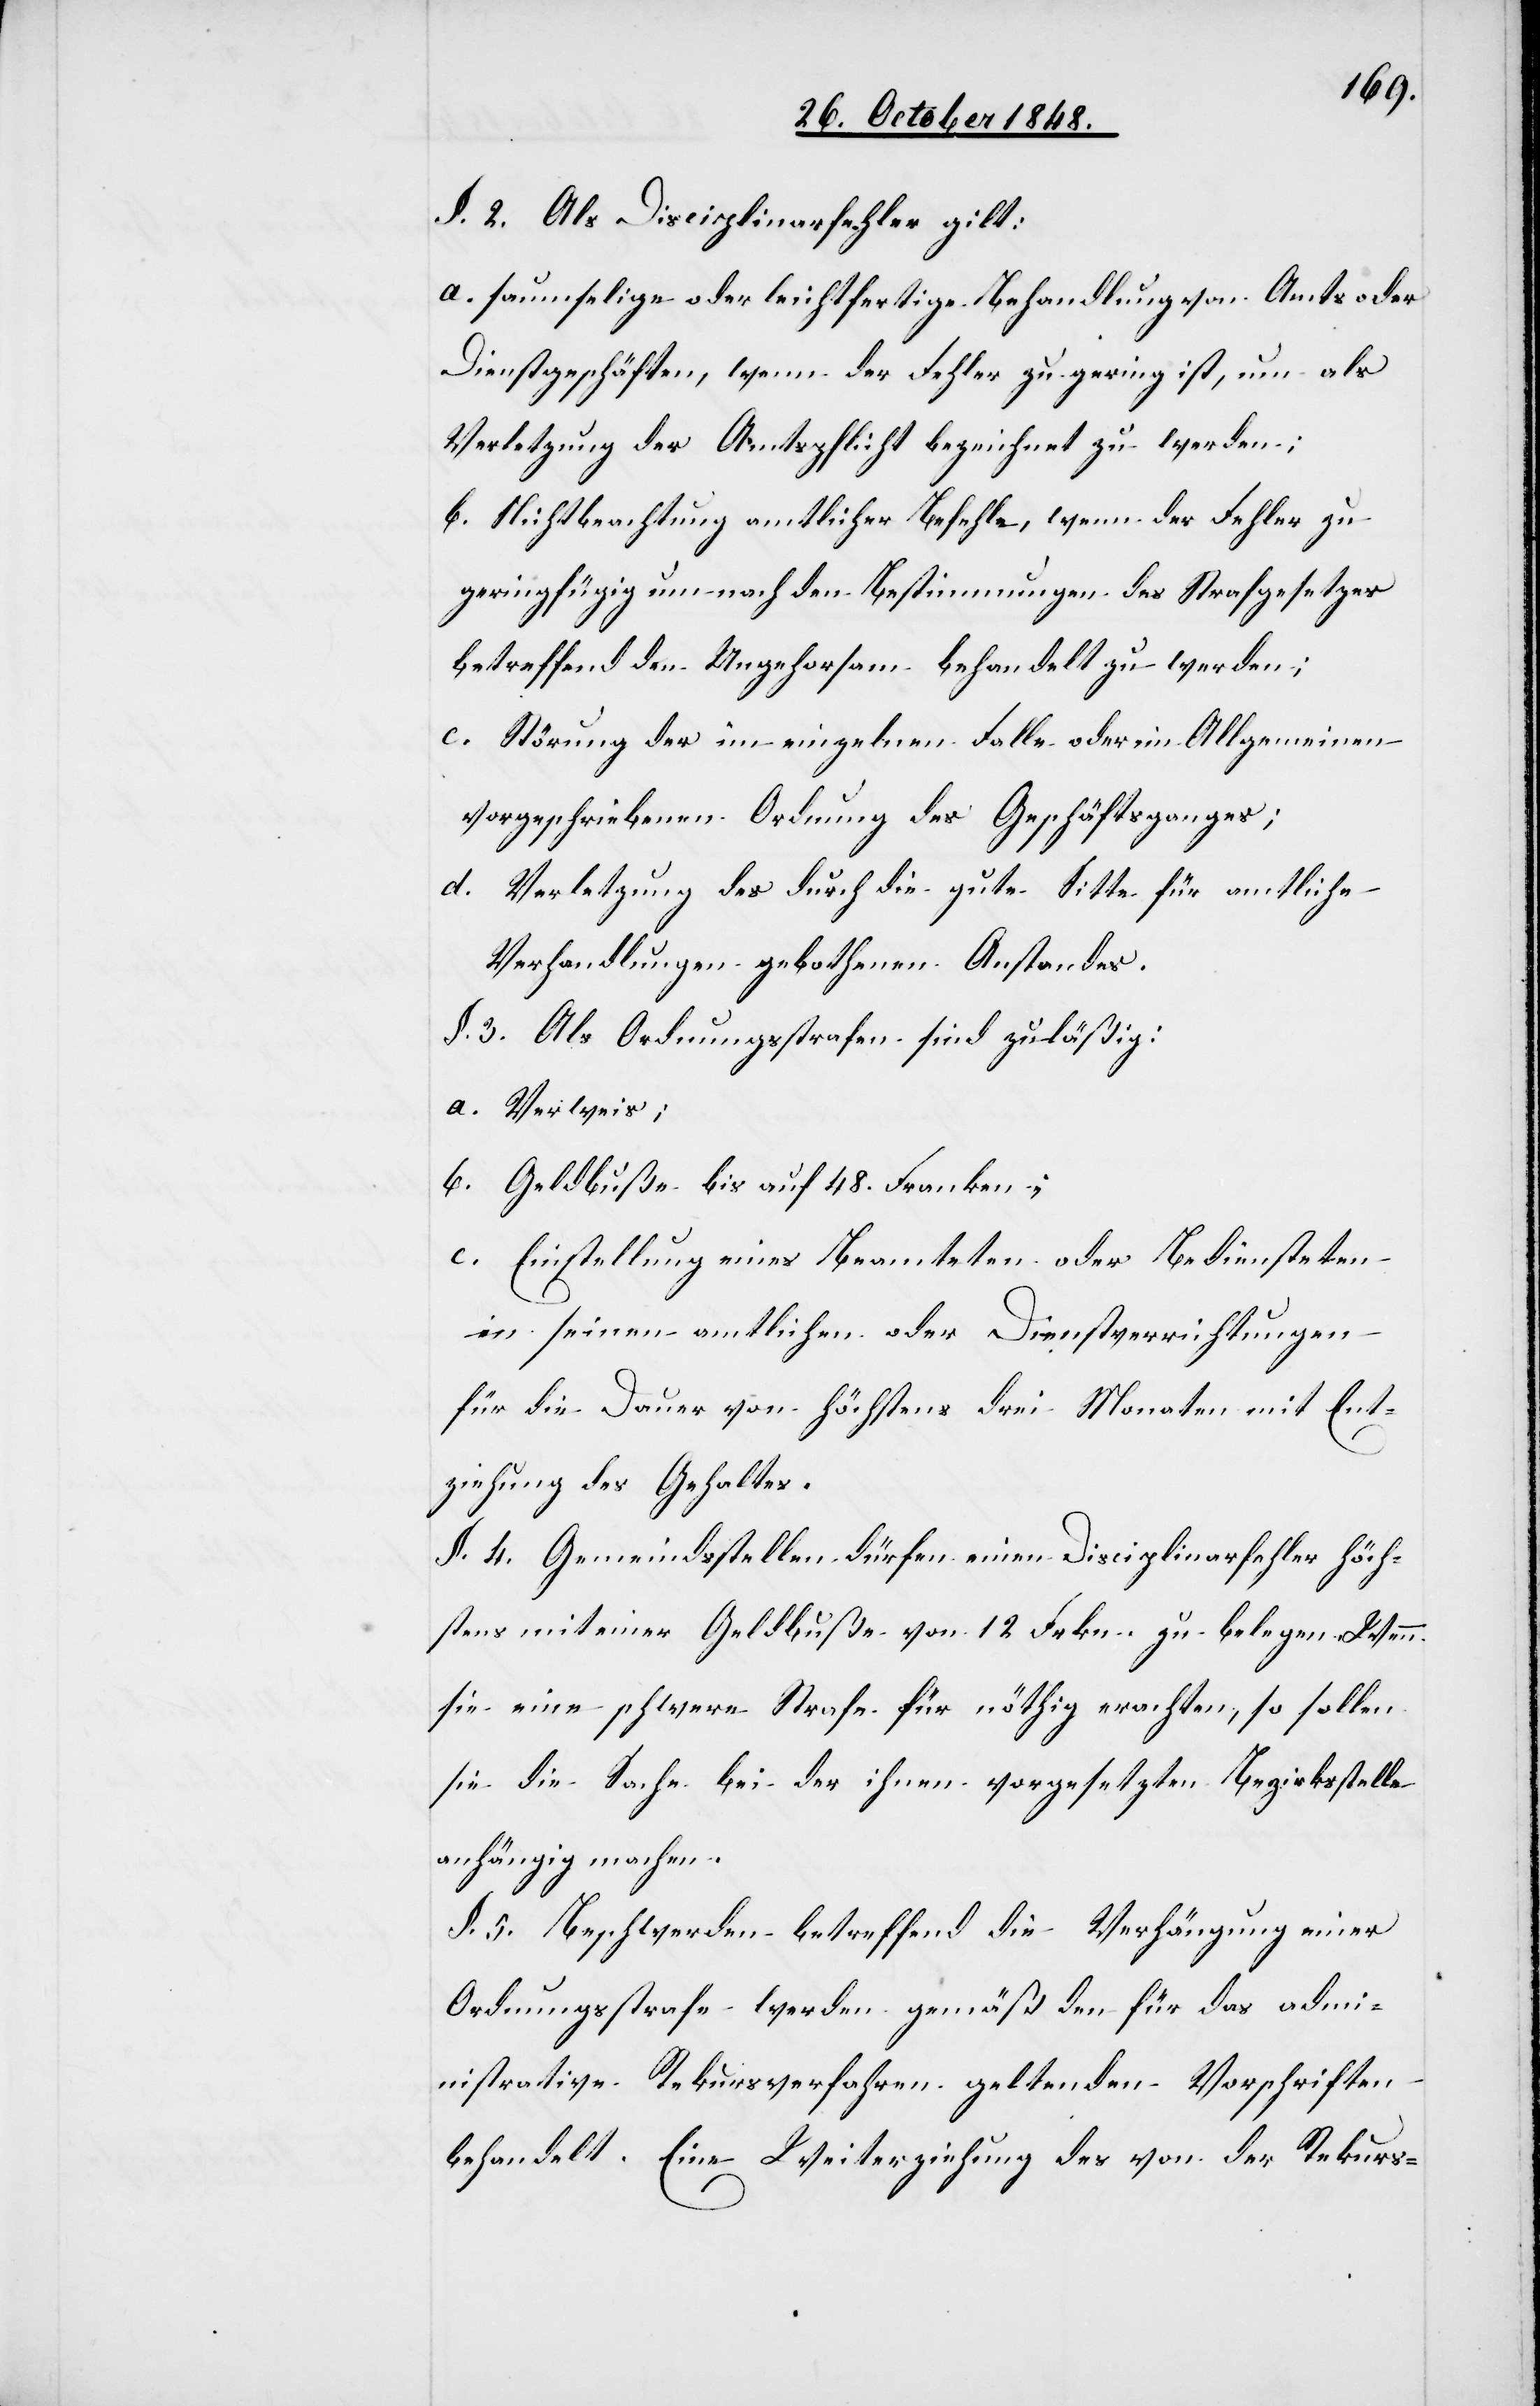
§. 2. Als Disciplinarfehler gilt:
a. saumselige oder leichtfertige Behandlung von Amts oder
Dienstgeschäften, wenn der Fehler zu gering ist, um als
Verletzung der Amtspflicht bezeichnet zu werden;
b. Nichtbeachtung amtlicher Befehle, wenn der Fehler zu
geringfügig um nach den Bestimmungen des Strafgesetzes
betreffend den Ungehorsam behandelt zu werden;
c. Störung der im einzelnen Falle oder im Allgemeinen
vorgeschriebenen Ordnung des Geschäftsganges;
d.
Verletzung des durch die gute Sitte für amtliche
Verhandlungen gebothenen Anstandes.,
§. 3. Als Ordnungsstrafen sind zuläßig:
a. Verweis;
b. Geldbuße bis auf 48. Franken;
c. Einstellung eines Beamteten oder Bediensteten
in seinen amtlichen oder Dienstverrichtungen
für die Dauer von höchstens drei Monaten mit Ent¬
ziehung des Gehaltes.
§. 4. Gemeindsstellen dürfen einen Disciplinarfehler höch¬
stens mit einer Geldbuße von 12. Frkn. zu belegen. Wenn
sie ein schwere Strafe für nöthig erachten, so sollen
sie die Sache bei der ihnen vorgesetzten Bezirksstelle
anhängig machen.
§. 5. Beschwerden betreffend die Verhängung einer
Ordnungsstrafe werden gemäß den für das admi¬
nistrative Rekursverfahren geltenden Vorschriften
behandelt. Eine Weiterziehung des von der Rekurs-